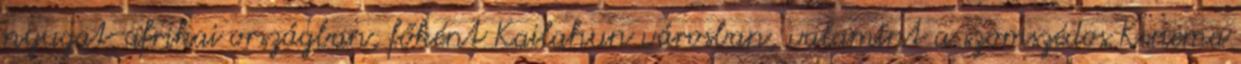
nyugat-afrikai országban, főként Kailahun városban, valamint a szomszédos Kenema